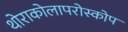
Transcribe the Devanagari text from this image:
थोराकोलापरोस्कोप